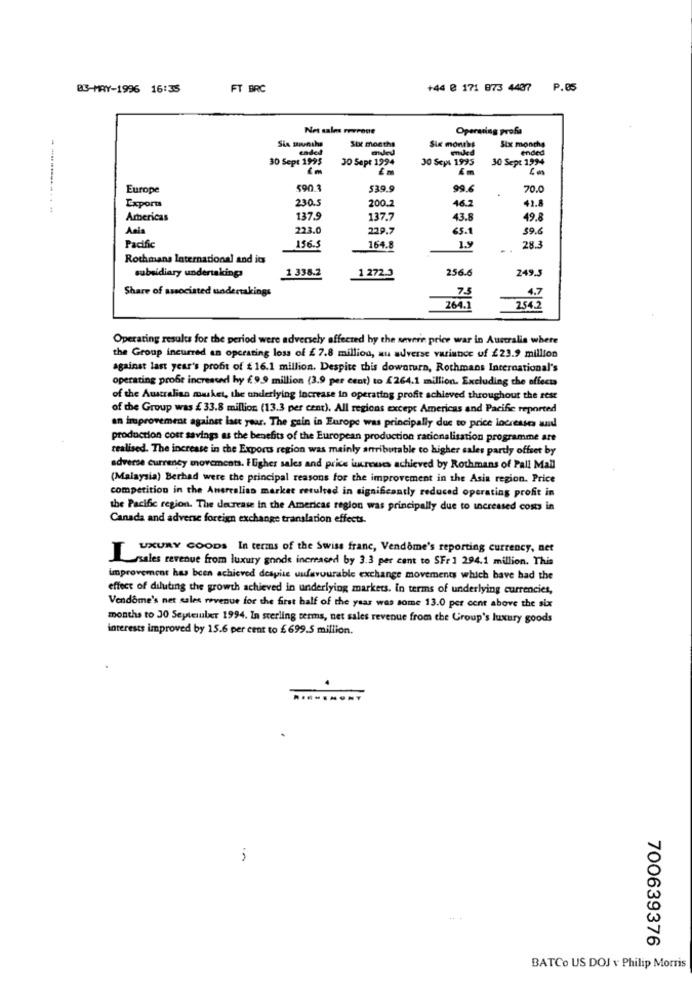
B3-MAY-1996 16:35
FT BRC
+44 @ 171 873 4437 P.05
Net sales morrone
Operating profa
Six months
ended
Sixt months
Six months
Six months
ended
30 Sept 1995
30 Sept 1994
30 Seys 1995
30 Sept 1994
Europe
590.3
539.9
99.6
70.0
230.5
200.2
--------...
Export
46.2
42.8
Arbericas
137.9
137.7
43.
49.8
223.0
229.7
65.1
$9.
1.9
Pacific
156.5
164.8
28.3
Rothmans International and its
1 338.2
256.6
249.3
subsidiary undertakings
1 272.3
Share of associated undertakings
75
4.7
264.1
254.2
Operating results for the period were adversely affected by the severe price war in Australia where
the Group incurred an operating loss of £ 7.8 million, au adverse variance of £23.9 million
against last year's profit of # 16.1 million. Despite this downturn, Rothmans International's
operating proft increased hy €9.9 million (3.9 per cent) to [264.1 million. Excluding the effect
of the Australian musket, the underlying increase in operating profit achieved throughout the rest
of the Group was £ 33.8 million (13.3 per cent). All regions except Americas and Pacific reported
an improvement against last year. The gain in Europe was principally due to price locreuses and
production cost savings as the benefits of the European production racionalisation programme are
realised. The increase in the Exports region was mainly antributable to higher sales partly offset by
adverse currency movements. Fligher sales and price iscrews achieved by Rothmans of Pall Mal
(Malaysia) Berhad were the principal reasons for the improvement in the Asia region. Price
competition in the Anerealiso market resulted in significantly reduced operating profit in
the Pacific region. The decrease in the Americas region was principally due to increased costs in
Canada and adverse foreign exchange translation effects.
UXURY GOODS In terms of the Swiss franc, Vendome's reporting currency, net
sales revenue from luxury goods increased by 3.3 per cent to SFr 1 294.1 million. This
improvement has been achieved despite uufavourable exchange movements which bave had the
effect of diluting the growth achieved in underlying markets. In terms of underlying currencies,
Vendôme's net sales revenue for the first half of the year was some 13.0 per cent above the six
months to 30 September 1994. In sterling terms, net sales revenue from the Group's luxury goods
interests improved by 15.6 per cent to £699.5 million.
700639376
BATCo US DOJ v Philip Morris